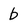
Character: b